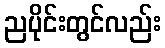
ညပိုင်းတွင်လည်း